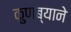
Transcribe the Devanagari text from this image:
कुणब्याने